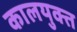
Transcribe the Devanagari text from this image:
कालयुक्त